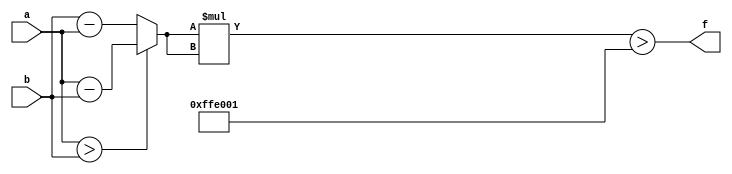
module maxse_mit(a, b, f);
parameter _bit = 32;
parameter maxse = 16769025;
input [_bit - 1: 0] a;
input [_bit - 1: 0] b;
output f;
wire [_bit - 1: 0] diff;
wire [_bit * 2 - 1: 0] se;
assign diff = (a > b)? (a - b): (b - a);
assign se = diff * diff;
assign f = (se > maxse);
endmodule